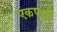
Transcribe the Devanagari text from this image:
एकपक्षी